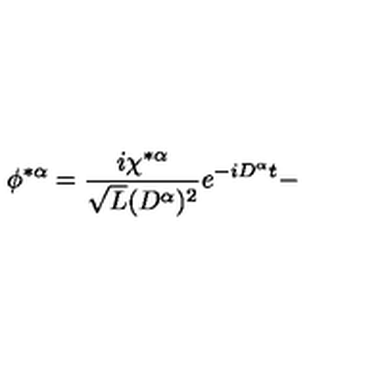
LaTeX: \phi ^ { * \alpha } = \frac { i \chi ^ { * \alpha } } { \sqrt { L } ( D ^ { \alpha } ) ^ { 2 } } e ^ { - i D ^ { \alpha } t } -